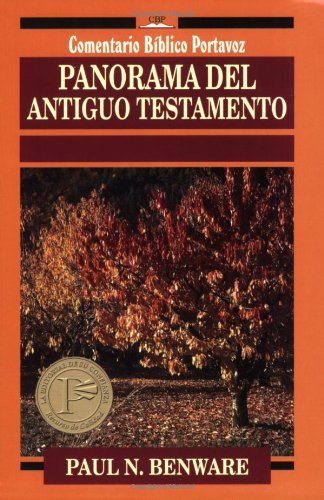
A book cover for Panorama del Antiguo Testamento (Comentario BÃ­blico Portavoz) (Spanish Edition); Paul Benware; Christian Books & Bibles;